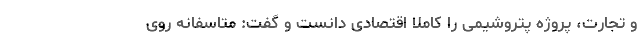
و تجارت، پروژه پتروشیمی را کاملا اقتصادی دانست و گفت: متاسفانه روی